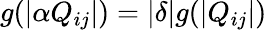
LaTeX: g(|\alpha Q_{ij}|)=|\delta|g(|Q_{ij}|)